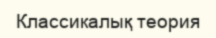
Классикалық теория